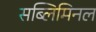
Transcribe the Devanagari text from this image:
सब्लिमिनल